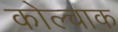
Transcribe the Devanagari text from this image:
कोल्चाक